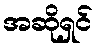
အဆိုရှင်